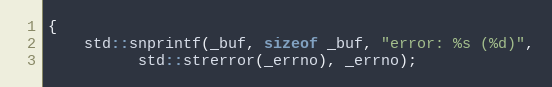
Language: C++
{
    std::snprintf(_buf, sizeof _buf, "error: %s (%d)",
		  std::strerror(_errno), _errno);